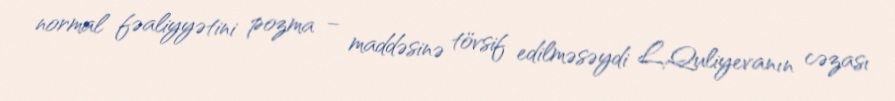
normal fəaliyyətini pozma – maddəsinə tövsif edilməsəydi L.Quliyevanın cəzası